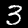
Label: 3